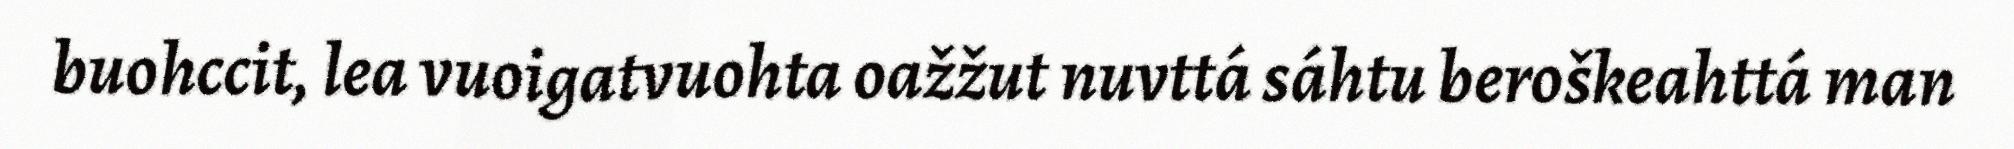
buohccit, lea vuoigatvuohta oažžut nuvttá sáhtu beroškeahttá man